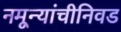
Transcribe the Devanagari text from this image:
नमून्यांचीनिवड